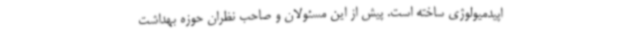
اپیدمیولوژی ساخته است. پیش از این مسئولان و صاحب نظران حوزه بهداشت